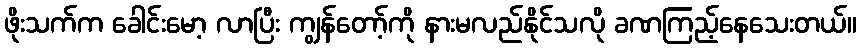
ဖိုးသက်က ခေါင်းမော့ လာပြီး ကျွန်တော့်ကို နားမလည်နိုင်သလို ခဏကြည့်နေသေးတယ်။